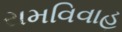
રામવિવાહ